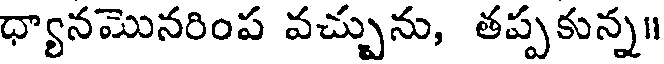
ధ్యానమొనరింప వచ్చును, తప్పకున్న॥